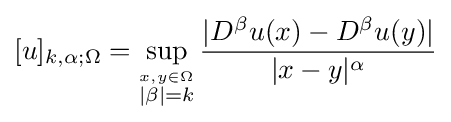
[u]_{k,\alpha ;\Omega }=\sup _{\stackrel {x,y\in \Omega }{|\beta |=k}}{\frac {|D^{\beta }u(x)-D^{\beta }u(y)|}{|x-y|^{\alpha }}}